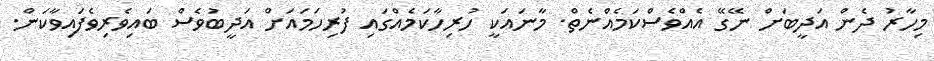
މިހާރު ދެން އަދީބަށް ނޭގޭ އެއްވެސްކަމެއްނެތް. މާނައަކީ ހުރިހާކަމެއްގައި ފުރިހަމައަށް އަދީބުވެސް ބައިވެރިވެފައިވާކަން.